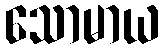
သောမာယ